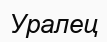
Уралец